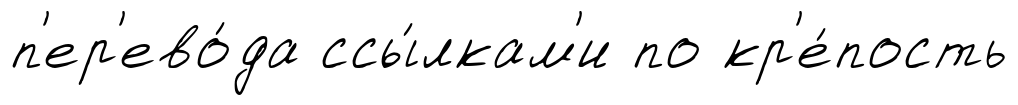
п'ер'ево́да ссы́лкам'и по кр'е́пость